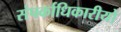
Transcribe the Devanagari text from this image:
संपर्काधिकारीयों